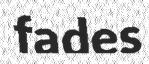
fades